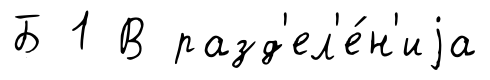
Б 1 В разд'ел'е́н'иjа